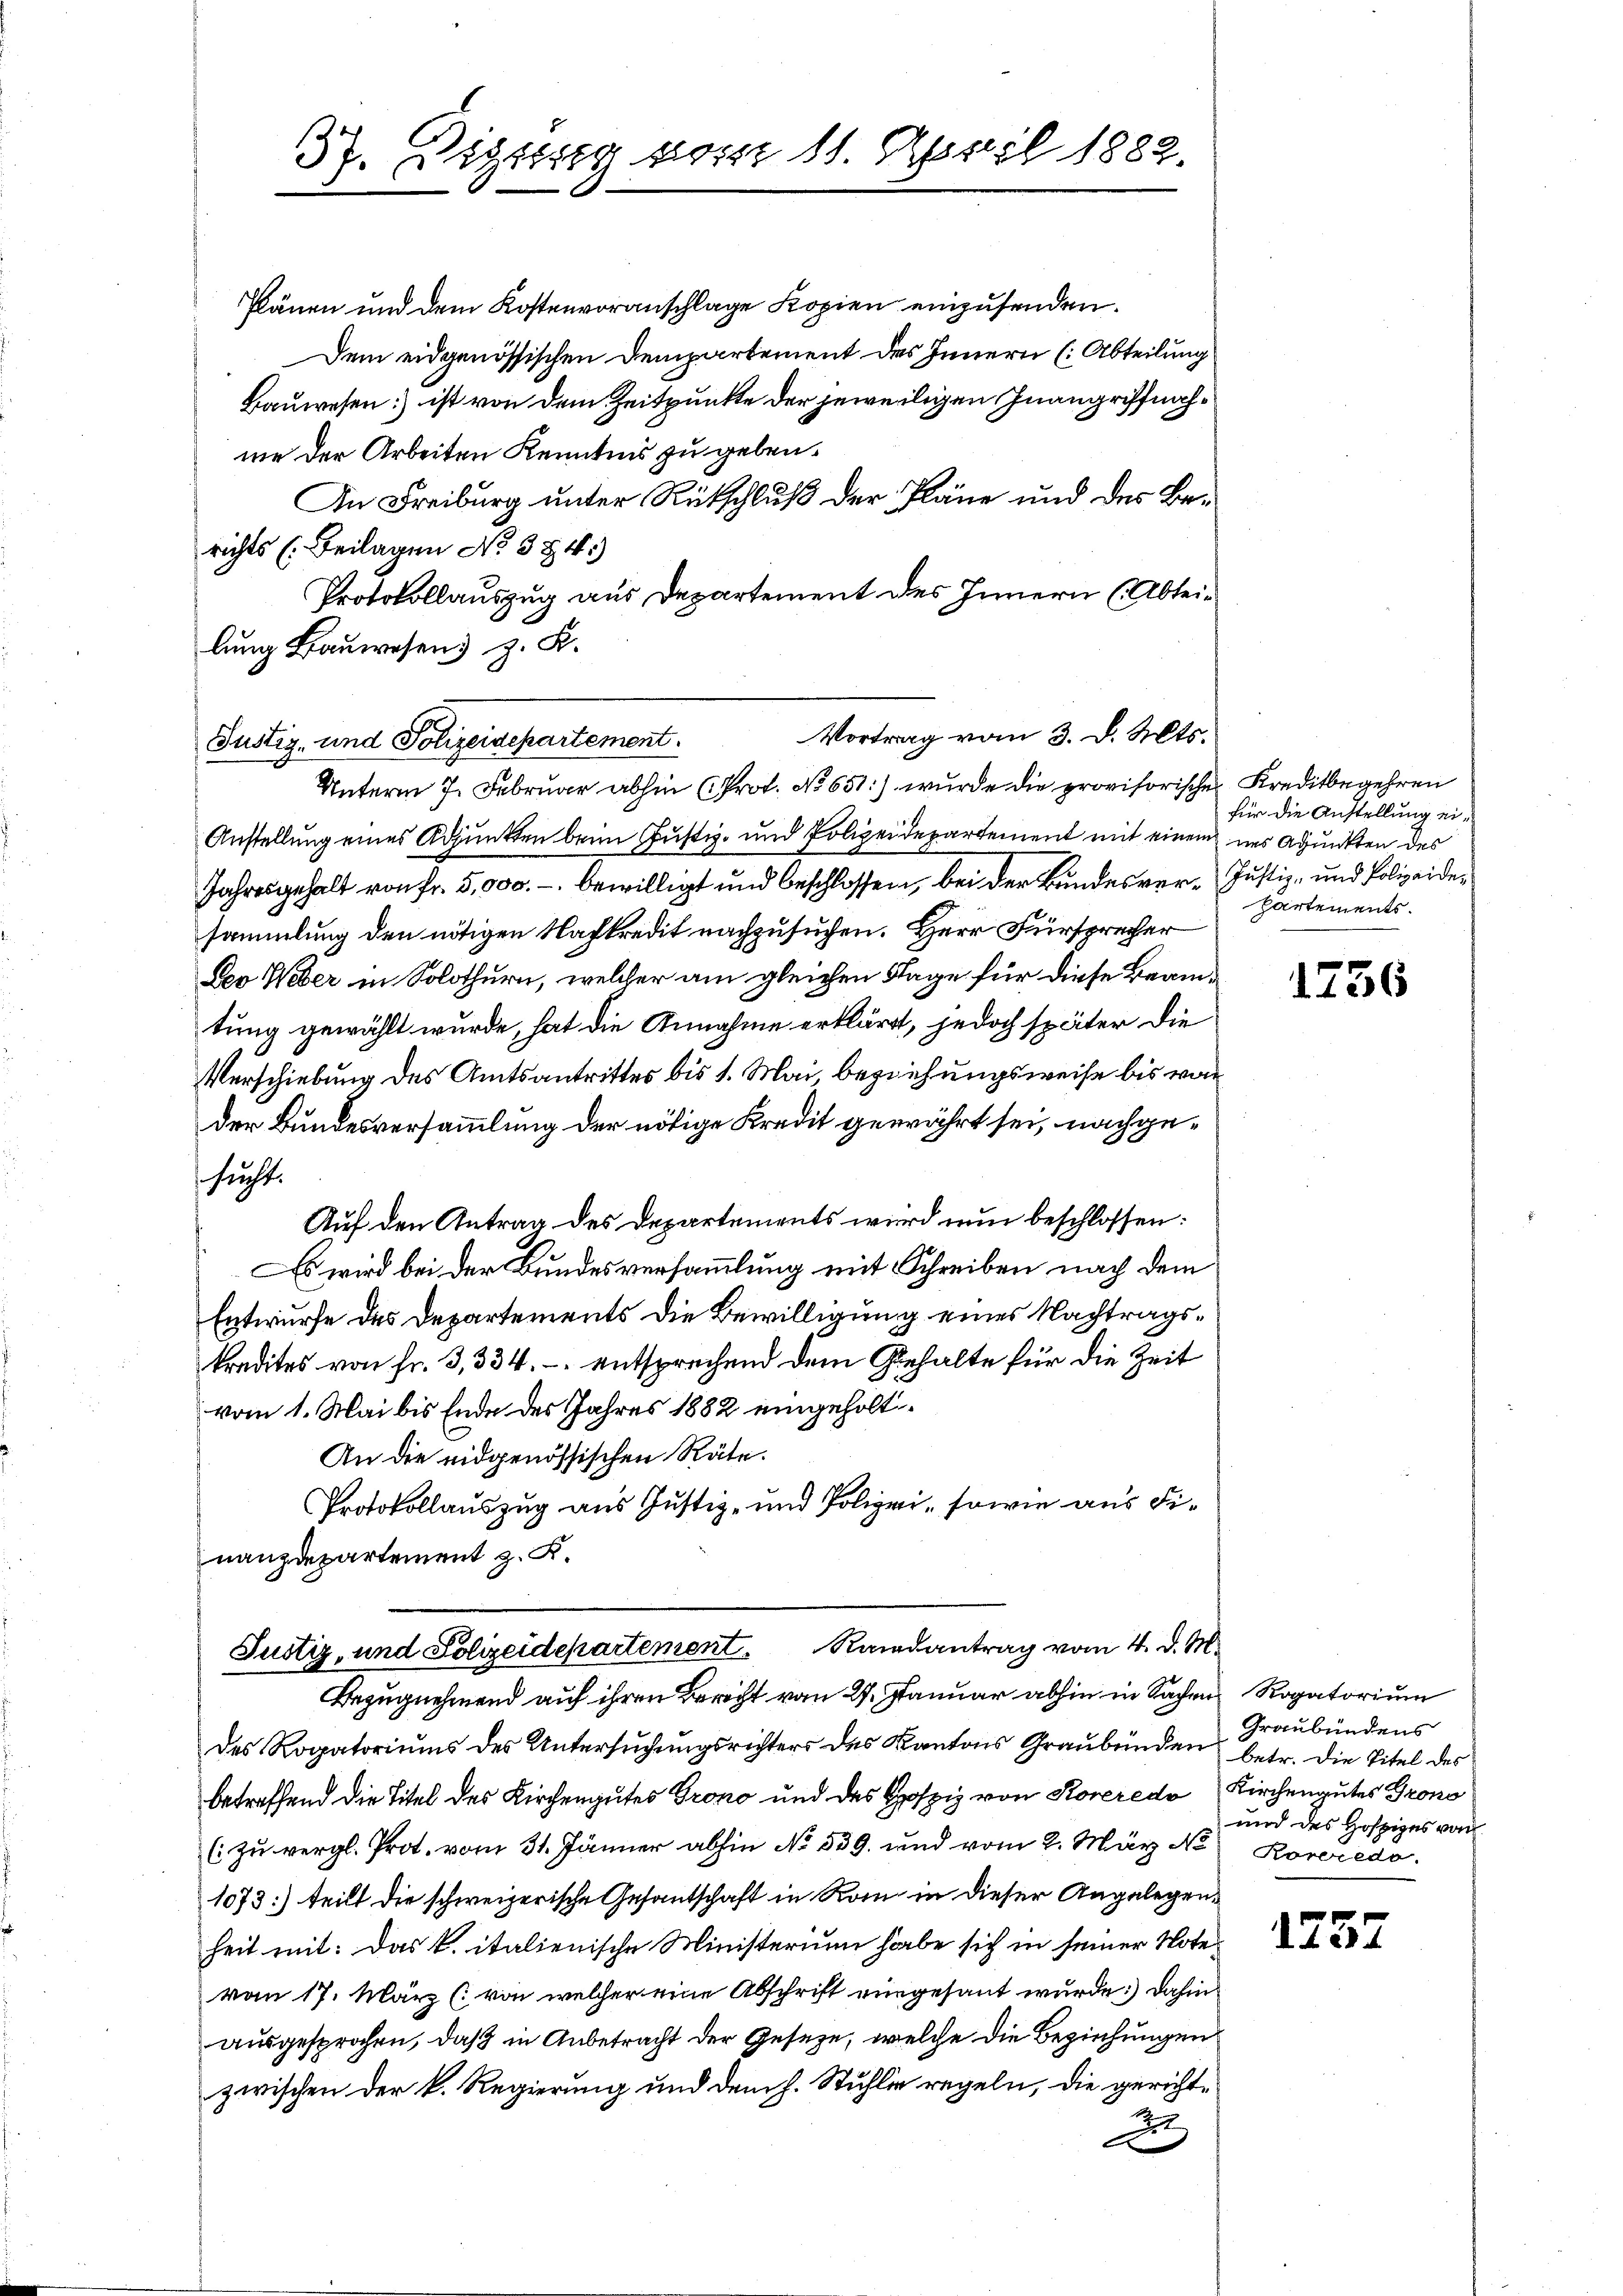
37. Disses vom 11. April 1882.
J.

Plänen und dem Kostenvoranschlage Kopien einzusenden.
Dem eidgenössischen Dempartement des Innern (Abteilung
Bauwesen ist von dem Zeitpunkte der jeweiligen Inangriffnahme der Arbeiten Kenntnis zu geben.
In Freiburg unter Rükschluß der Pläne und des Berichts (Beilagen No 584.)
Protokollauszug aus Departement des Innern (Abteilung Bauwesen z. K.

Vortrag vom 3. d. Mts.
Justiz- und Polizeidepartement.
Unterm 7. Februar abhin (Prot. No 651:) wurde die provisorische Kreditbegehren

Anstellung eines Adjunkten beim Justiz- und Polizeidepartement mit einem uns Adjunkten des
Jahresgehalt von Fr. 5,000.- bewilligt und beschlossen, bei der Bundesver-Justiz- und Polizeidesammlung den nötigen Nachkredit nachzusuchen. Herr Fürsprecher
Deo Weber in Solothurn, welcher am gleichen Tage für diese Beamtung gewählt wurde, hat die Annahme erkläret, jedoch später die
Verschiebung des Amtsantrittes bis 1. Mai beziehungsweise bis vor
der Bundesversammlung der nötige Kredit gewährt sei, nachgesucht.
Auf den Antrag des Departements wird nun beschlossen:
Es wird bei der Bundesversammlung mit Schreiben nach dem
Entwurfe des Departements die Bewilligung eines Nachtragskredites von Fr. 3, 334. entsprechend dem Gehalte für die Zeit
vom 1. Mai bis Ende des Jahres 1882 eingeholt
An die eidgenössischen Räte.
Protokollauszug aus Justiz- und Polizei, sowie aus Finanzdepartement z. K.

Justiz, und Polizeidepartement Randantrag vom 4. d. M.

Bezugnehmend auf ihren Bericht vom 27. Januar abhin in Sachen Rogatorium
des Rogatoriums des Untersuchungsrichters des Kantons Graubünden betr. die Titel des
betreffend die Titel des Kirchengutes Grono und des Hospiz von Korredo Kirchengutes Grono
(: Zu vergl. Prot. vom 31. Jänner abhin No 539. und vom 2. März No Roveredo
1073) teilt die schweizerische Gesantschaft in Rom in dieser Angelegenheit mit: Das k. italienische Ministerium habe sich in seiner Notevom 17. März (von welcher eine Abschrift eingesant wurde.) dahin
ausgesprochen, daß in Anbetracht der Geseze, welche die Beziehungen
zwischen der k. Regierung und dem h. Stuhler regeln, die gerichtd

für die Anstellung ei¬
Partements.

1736

Graubündens
und des Hofpiges von

1757